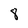
Character: 8